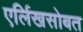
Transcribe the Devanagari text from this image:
एर्लिखसोबत